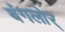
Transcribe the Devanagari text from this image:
बंगलोर्